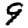
Digit: 9